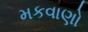
મકવાણો